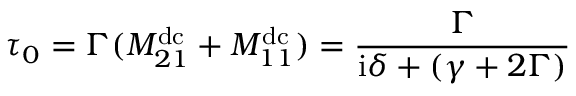
\tau _ { 0 } = \Gamma ( M _ { 2 1 } ^ { \mathrm { d c } } + M _ { 1 1 } ^ { \mathrm { d c } } ) = \frac { \Gamma } { \mathrm { i } \delta + ( \gamma + 2 \Gamma ) }